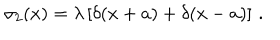
\sigma _ { 2 } ( x ) = \lambda \left[ \delta ( x + a ) + \delta ( x - a ) \right] \, .